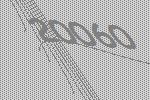
20060